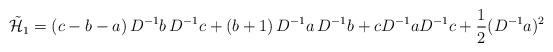
LaTeX: \begin{align*}\tilde{{\cal H}}_1 = ( c - b - a )\, D^{-1} b \, D^{-1} c + ( b + 1 ) \,D^{-1} a \, D^{-1} b + c D^{-1} a D^{-1} c + \frac{1}{2}( D^{-1} a )^2\end{align*}